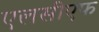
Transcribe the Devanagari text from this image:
एलसीएफ